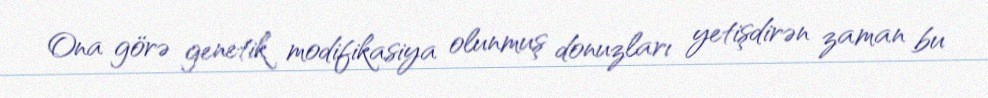
Ona görə genetik modifikasiya olunmuş donuzları yetişdirən zaman bu